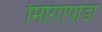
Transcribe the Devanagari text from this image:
मिरिऐपोडा